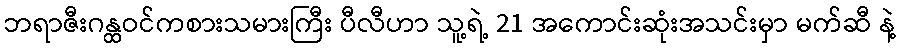
ဘရာဇီးဂန္ထဝင်ကစားသမားကြီး ပီလီဟာ သူ့ရဲ့ 21 အကောင်းဆုံးအသင်းမှာ မက်ဆီ နဲ့